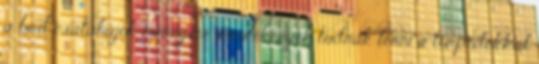
a brit csatahajók mennyire sérülékenyek tudnak lenni a torpedókkal